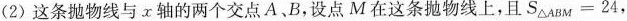
(2)这条抛物线与x轴的两个交点A B，设点M在这条抛物线上，且$$S_{\triangle ABM}=24$$，